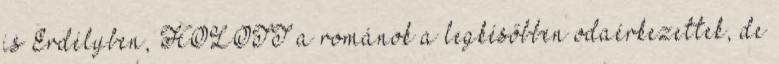
is Erdélyben, HOLOTT a románok a legkésőbben odaérkezettek, de